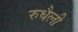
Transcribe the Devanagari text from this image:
रुधैली